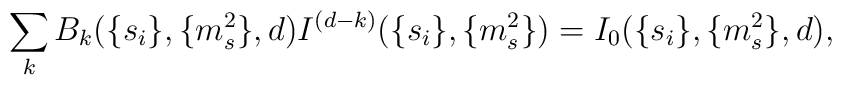
\sum_{k} B_{k} (\{s_i\},\{m_s^2 \},d)I^{(d-k)}(\{s_i\},\{m_s^2 \})=I_0(\{s_i\},\{m_s^2 \},d),